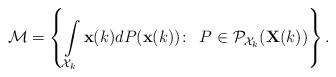
LaTeX: \begin{align*} \mathcal{M}=\left\{\int\limits_{\mathcal{X}_k} \mathbf{x}(k) dP(\mathbf{x}(k))\!:\!~~P \in \mathcal{P}_{\mathcal{X}_k}(\mathbf{X}(k))\right\}. \end{align*}